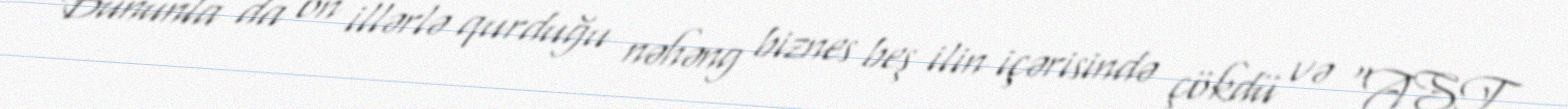
Bununla da on illərlə qurduğu nəhəng biznes beş ilin içərisində çökdü və “AST